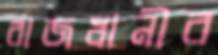
রাজধানীর